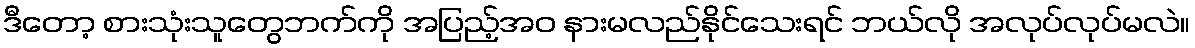
ဒီတော့ စားသုံးသူတွေဘက်ကို အပြည့်အဝ နားမလည်နိုင်သေးရင် ဘယ်လို အလုပ်လုပ်မလဲ။